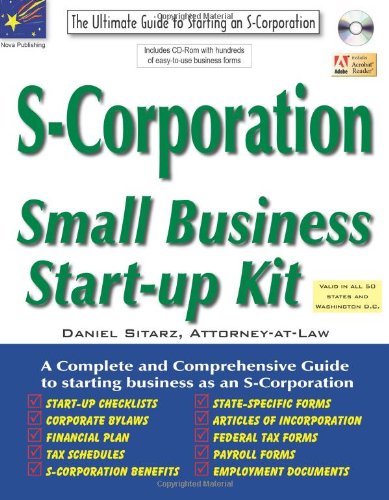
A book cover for S-Corporation: Small Business Start-Up Kit; Daniel Sitarz; Law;